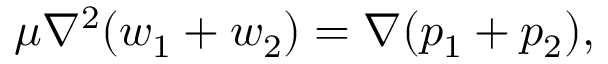
\mu \nabla ^ { 2 } ( w _ { 1 } + w _ { 2 } ) = \nabla ( p _ { 1 } + p _ { 2 } ) ,